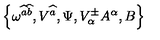
\left\{ \omega ^ { \widehat { a } \widehat { b } } , V ^ { \widehat { a } } , \Psi , V _ { \alpha } ^ { \pm } A ^ { \alpha } , B \right\}